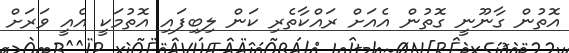
އޮތުން ގާނޫނީ ގޮތުން އެއަށް ރައްކާތެރި ކަން ލިބިފައި އޮތުމަކީ އެއީ ވަރަށް